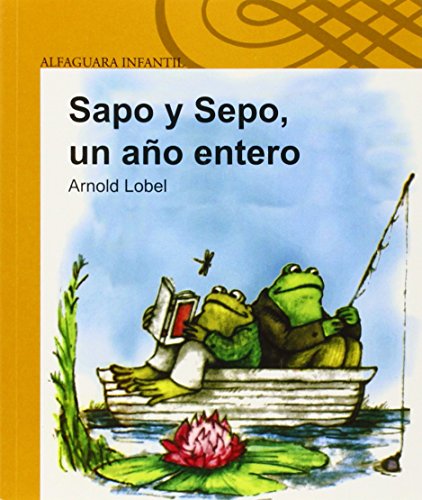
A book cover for Sapo y Sepo Un Ano Entero (Frog and Toad All Year) (Infantil Alfaguara) (Spanish Edition); Arnold Lobel; Children's Books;